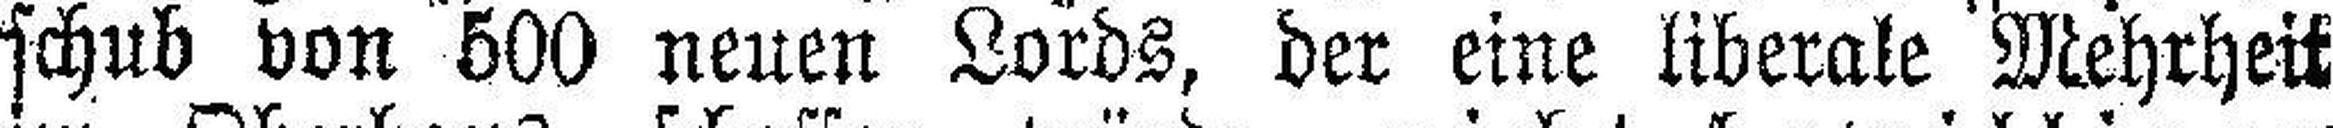
schub von 500 neuen Lords, der eine liberale Mehrheit